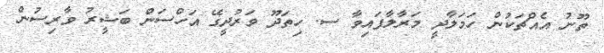
ތޫނު އެއްޗަކުން ހަމަލާދީ މަރާލާފައިވާ ސ. ހިތަދޫ ވަރުދީގޭ އަހްސަން ބަޝީރު ވާރިސުން